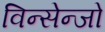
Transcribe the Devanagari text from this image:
विन्सेन्जो